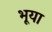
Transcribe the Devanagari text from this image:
भूया